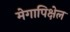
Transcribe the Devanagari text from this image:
मेगापिक्षेल